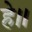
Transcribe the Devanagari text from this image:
हे॥